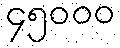
၄၅၀၀၀